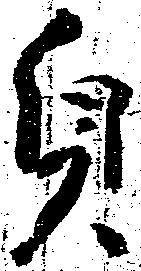
貞